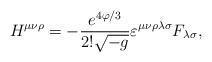
\begin{align*}H^{\mu\nu\rho}=-{e^{4\varphi/3}\over{2!\sqrt{-g}}}\varepsilon^{\mu\nu\rho\lambda\sigma}F_{\lambda\sigma},\end{align*}